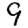
Digit: 9